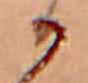
か